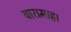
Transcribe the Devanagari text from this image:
बारामाह।